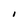
Character: I